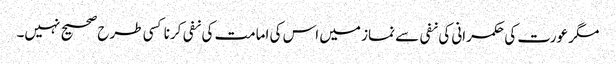
مگر عورت کی حکمرانی کی نفی سے نماز میں اس کی امامت کی نفی کرنا کسی طرح صحیح نہیں۔